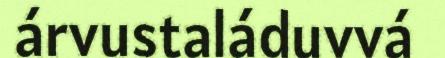
árvustaláduvvá